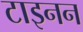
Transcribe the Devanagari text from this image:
टाइनन